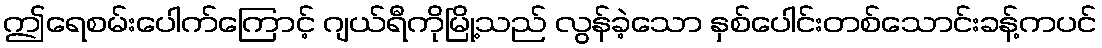
ဤရေစမ်းပေါက်ကြောင့် ဂျယ်ရီကိုမြို့သည် လွန်ခဲ့သော နှစ်ပေါင်းတစ်သောင်းခန့်ကပင်